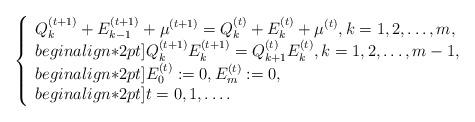
LaTeX: \begin{align*}\left\{\begin{array}{l}\displaystyle Q_{k}^{(t+1)}+E_{k-1}^{(t+1)}+\mu^{(t+1)}=Q_{k}^{(t)}+E_{k}^{(t)}+\mu^{(t)}, k=1,2,\dots,m,\\begin{align*}2pt]\displaystyle Q_{k}^{(t+1)}E_{k}^{(t+1)}=Q_{k+1}^{(t)}E_{k}^{(t)},k=1,2,\dots,m-1,\\begin{align*}2pt]\displaystyle E_{0}^{(t)}:=0,E_{m}^{(t)}:=0,\\begin{align*}2pt] t=0,1,\dots.\end{array}\right.\end{align*}